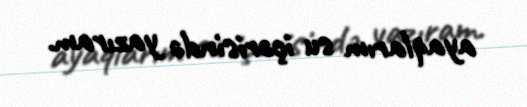
ayaqlarım su içərisində yazıram.